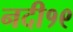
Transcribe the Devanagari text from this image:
नदी१९